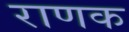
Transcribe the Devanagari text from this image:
राणक